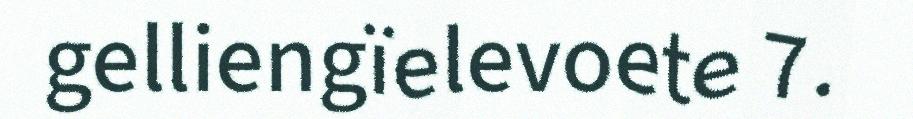
gelliengïelevoete 7.